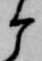
ケ